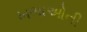
ખભાઓની